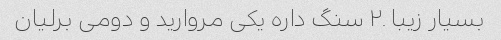
بسیار زیبا .۲ سنگ داره یکی مروارید و دومی برلیان